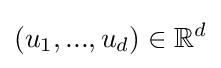
(u_{1},...,u_{d})\in \mathbb {R} ^{d}